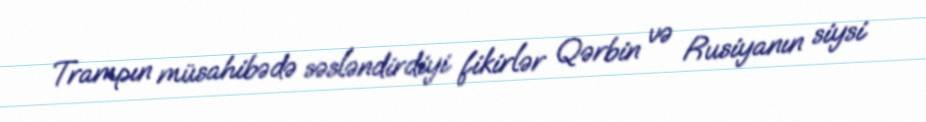
Trampın müsahibədə səsləndirdiyi fikirlər Qərbin və Rusiyanın siysi